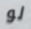
لو